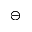
\circleddash